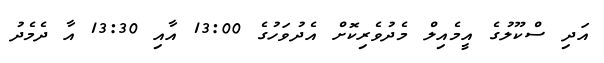
އަދި ސްކޫލުގެ އީމެއިލް މެދުވެރިކޮށް އެދުވަހުގެ 13:00 އާއި 13:30 އާ ދެމެދު